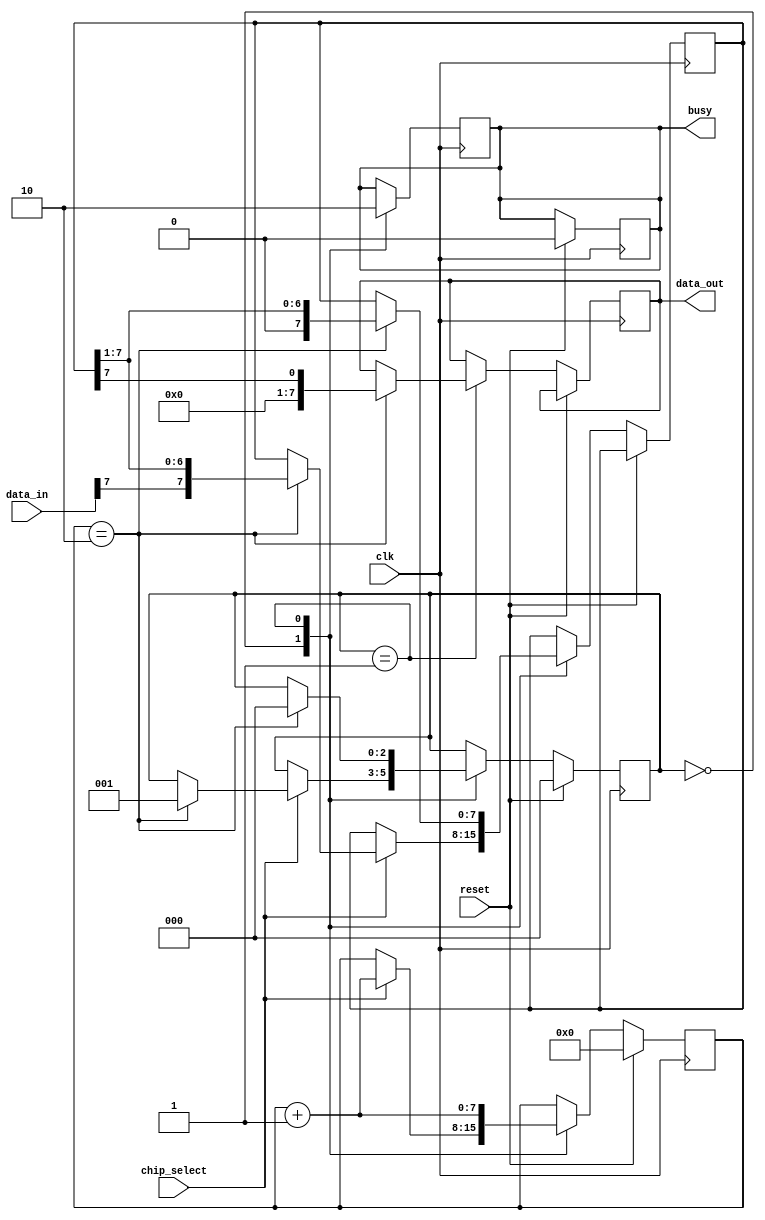
module SPI_Master (
        input wire clk,
        input wire reset,
        input wire chip_select,
        input wire [7:0] data_in,
        output wire [7:0] data_out,
        output reg busy
    );
    
    reg [7:0] shift_register;
    reg [2:0] state;
    reg [7:0] sclk_divider;
    
    parameter DATA_WIDTH = 8;
    parameter CLOCK_FREQUENCY = 1000000;
    parameter SCLK_DIVIDER = 2;
    
    // Control logic for generating clock and chip select signals
    always @(posedge clk) begin
        if (reset) begin
            state <= 0;
            sclk_divider <= 0;
            busy <= 0;
        end else begin
            case(state)
                0: begin
                    if (chip_select) begin
                        sclk_divider <= sclk_divider + 1;
                        if (sclk_divider == SCLK_DIVIDER) begin
                            shift_register <= {data_in[DATA_WIDTH-1], shift_register[DATA_WIDTH-1:1]};
                            state <= 1;
                        end
                    end
                end
                1: begin
                    sclk_divider <= sclk_divider + 1;
                    if (sclk_divider == SCLK_DIVIDER) begin
                        data_out <= shift_register[DATA_WIDTH-1];
                        shift_register <= {1'b0, shift_register[DATA_WIDTH-1:1]};
                        state <= 0;
                    end
                end
            endcase
        end
    end
    
    // State machine for managing data transfer protocol
    always @(posedge clk) begin
        case(state)
            0: busy <= 1;
            1: busy <= 0;
        endcase
    end
endmodule